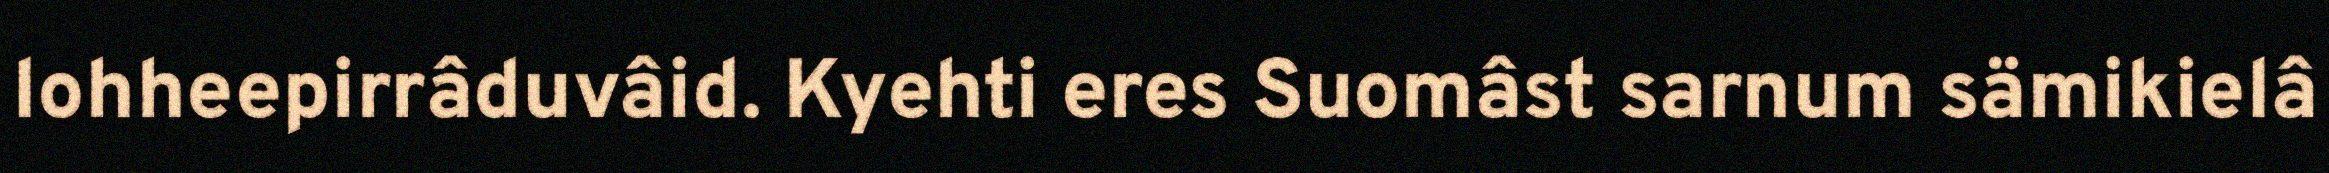
lohheepirrâduvâid. Kyehti eres Suomâst sarnum sämikielâ